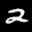
Label: 2